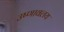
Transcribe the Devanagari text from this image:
उष्णावलय